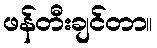
ဖန်တီးချင်တာ။